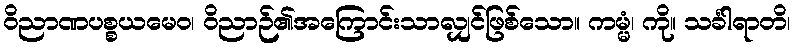
ဝိညာဏပစ္စယမေဝ၊ ဝိညာဉ်၏အကြောင်းသာလျှင်ဖြစ်သော။ ကမ္မံ၊ ကို။ သင်္ခါရာတိ၊